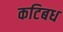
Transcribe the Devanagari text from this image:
कटिबध